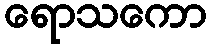
ရောသကော